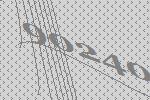
90240